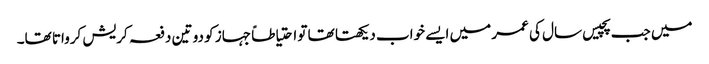
میں جب پچیس سال کی عمر میں ایسے خواب دیکھتا تھا تو احتیاطاً جہاز کو دو تین دفعہ کریش کرواتا تھا۔